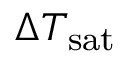
\Delta T _ { \mathrm { { s a t } } }